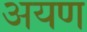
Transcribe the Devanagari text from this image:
अयण